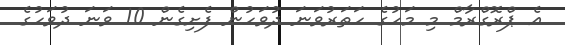
އެ ޕްރޮގްރާމް މި މަހުގެ ހަތަރުވަނަ ދުވަހުން ފެށިގެން 10 ވަނަ ދުވަހުގެ